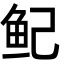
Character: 鱾